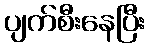
ပျက်စီးနေပြီး